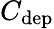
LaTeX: C_{\mathrm{dep}}